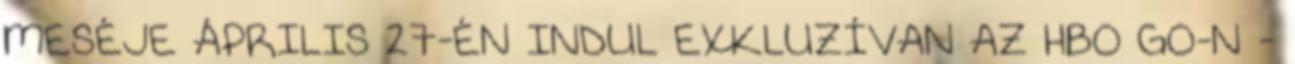
MESÉJE ÁPRILIS 27-ÉN INDUL EXKLUZÍVAN AZ HBO GO-N -